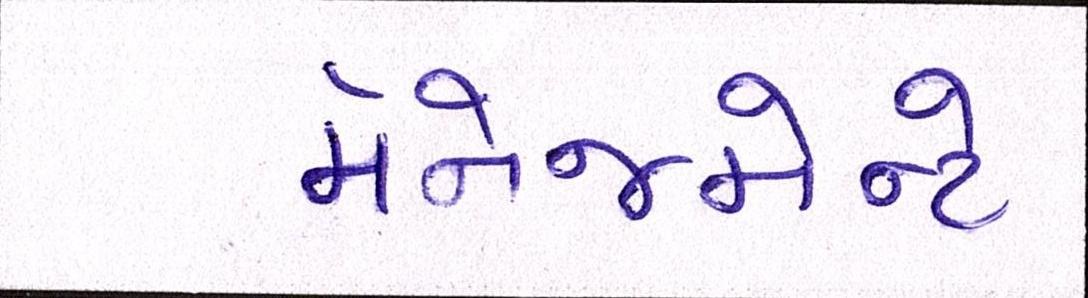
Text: મૅનેજમેન્ટે